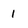
Character: 1